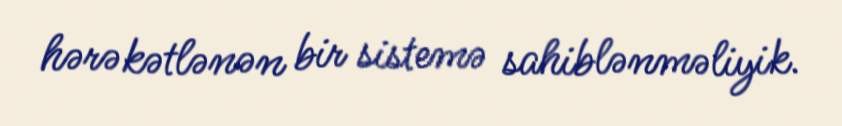
hərəkətlənən bir sistemə sahiblənməliyik.